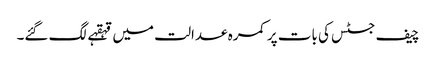
چیف جسٹس کی بات پر کمرہ عدالت میں قہقہے لگ گئے۔